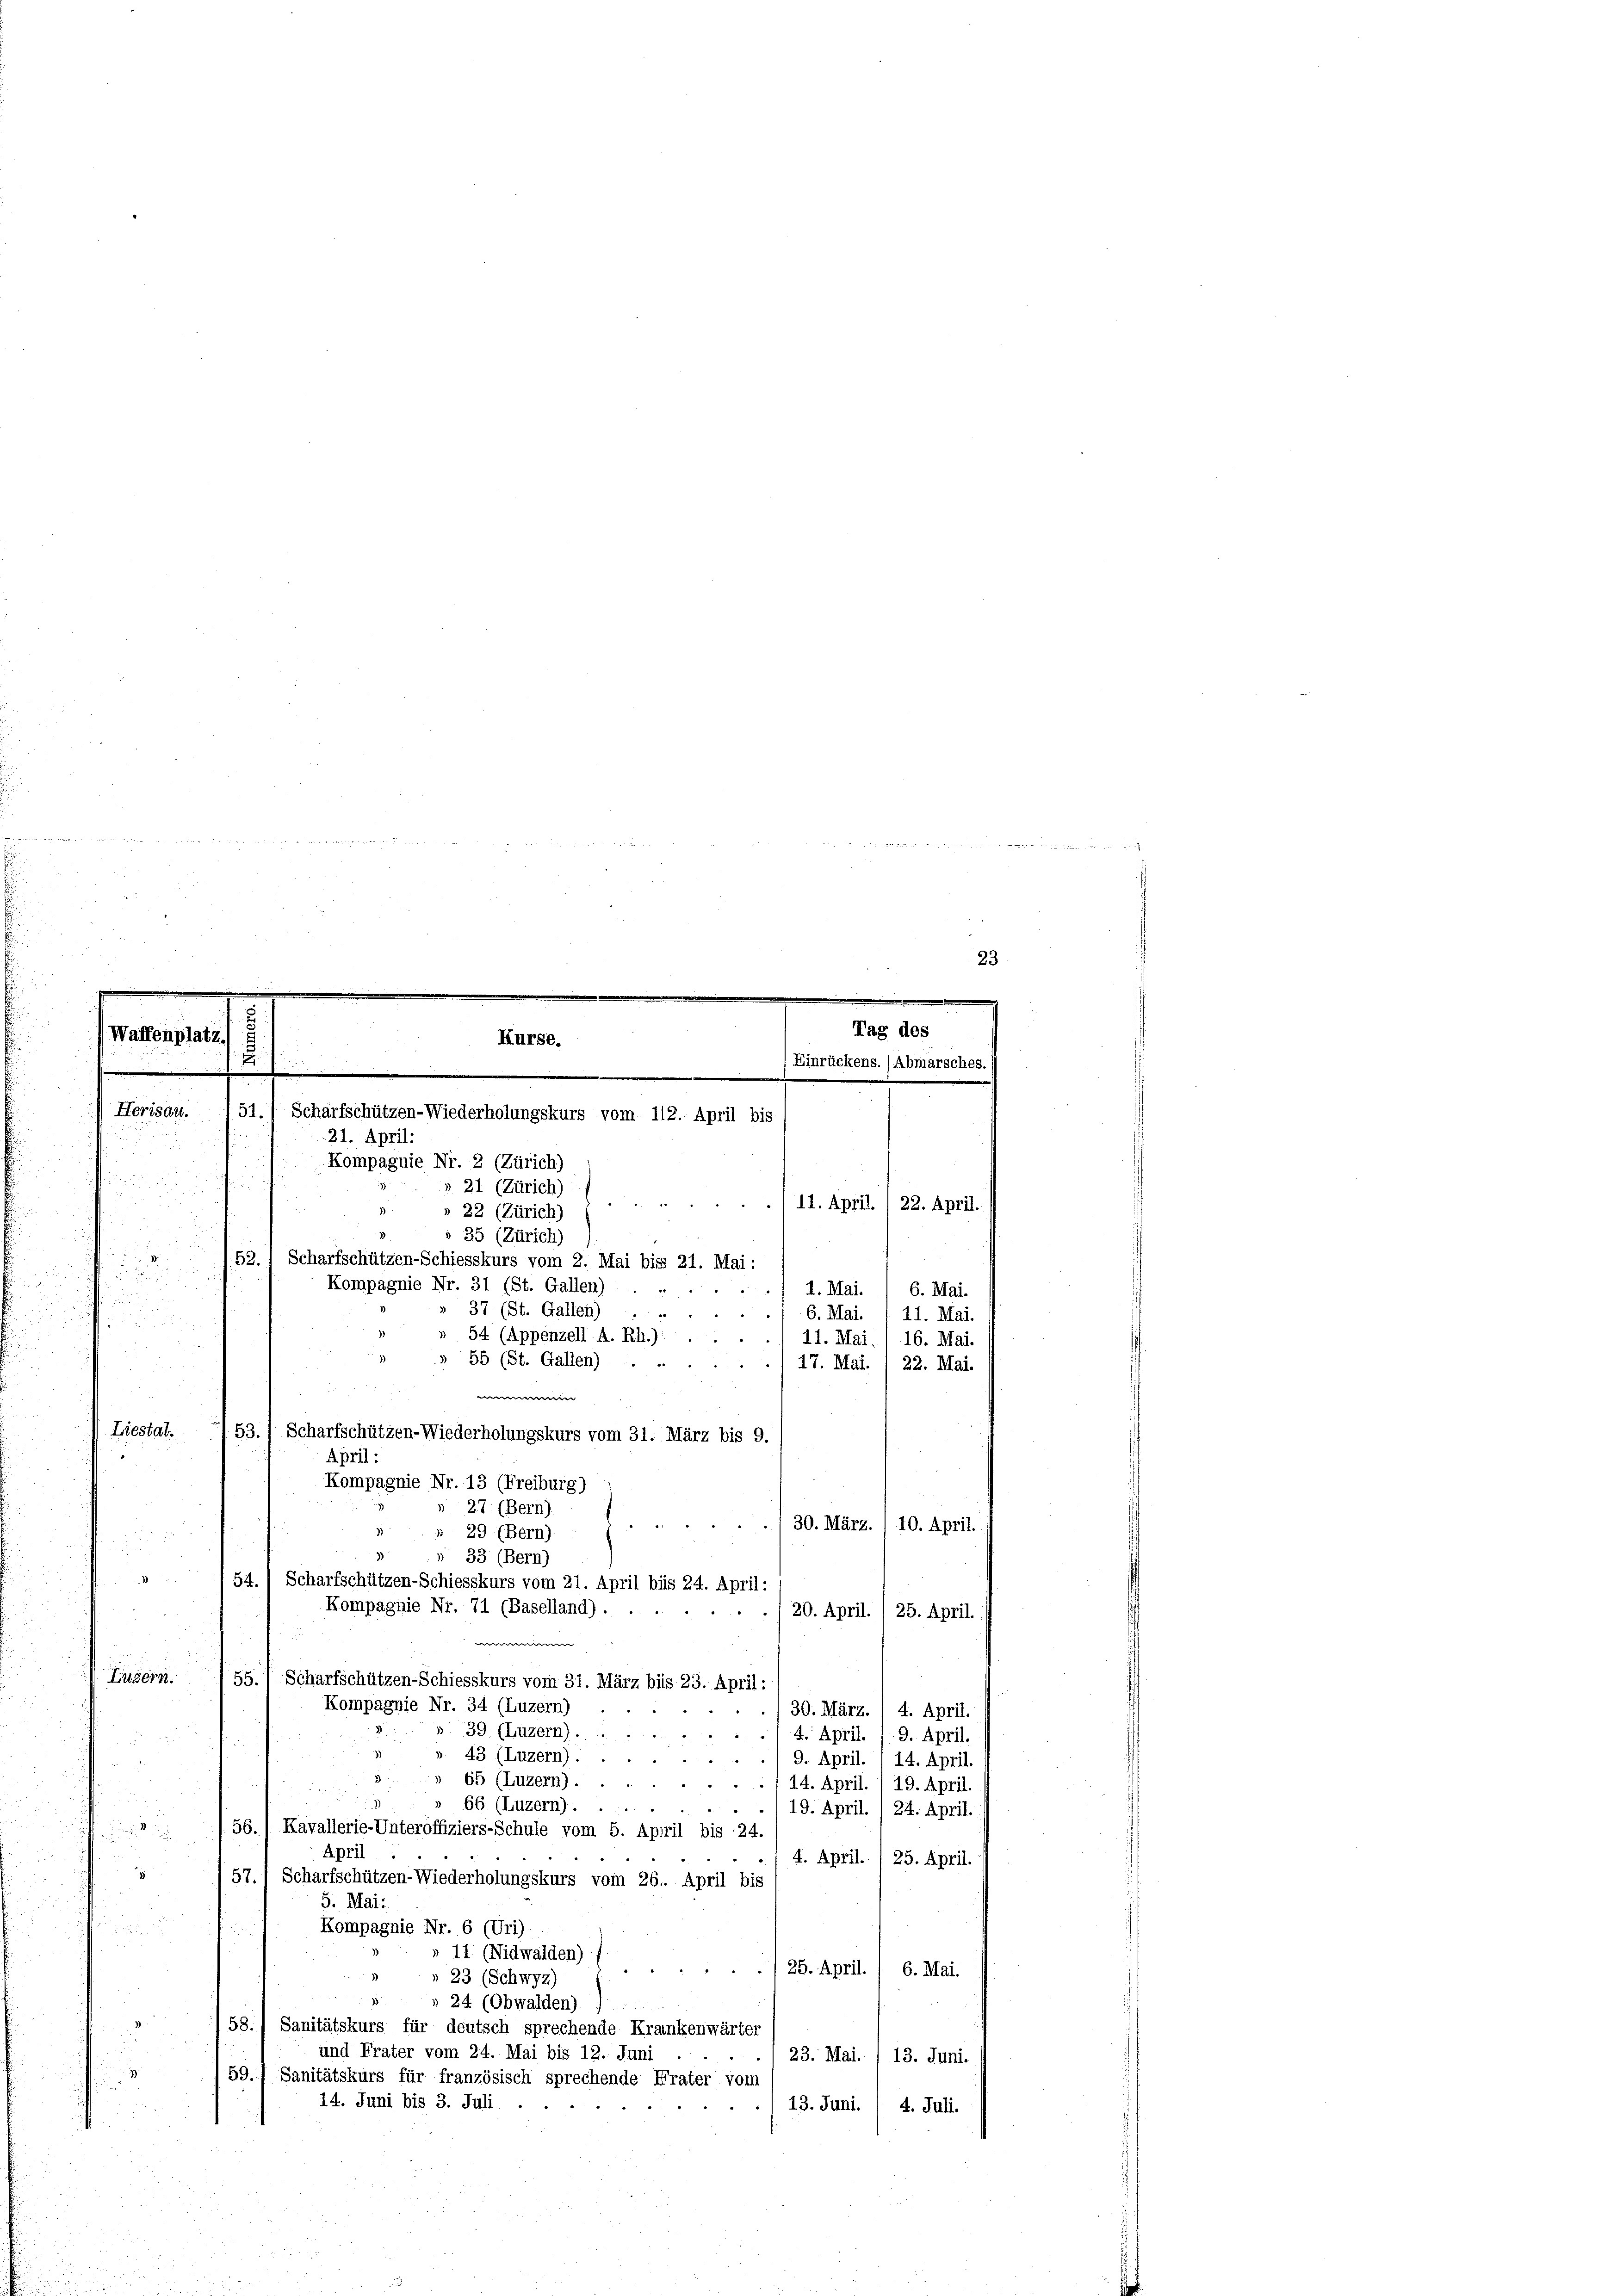
d e g ain ein an es immer wiedergermann
eger
u
¬
g
i
23
.

.
2
n
Tag des
(Waffenplatz
Kurse.
.
Einrückens. / Abmarsches.
.
Herisau.
51.) Scharfschützen-Wiederholungskurs vom 112. April bis
21. April.
Kompagnie Nr. 2 (Zürich)
§ 21 (Zürich)
S
11. April. / 22. April.
» 22 (Zürich)
§ 35 (Zürich)

152. 1 Scharfschützen-Schiesskurs vom 2. Mai bis 21. Mai:

Kompagnie Nr. 31 (St. Gallen)
1. Mai. / 6. Mai.

» 37 (St. Gallen,
6. Mai.
11. Mai.
54 (Appenzell A. Rh.):
11. Mai.
16. Mai.
55 (St. Gallen)
.
17. Mai. 1 22. Mai.

Liestat.
u
2
./20. April. (25. April.
Luzern
55., Scharfschützen-Schiesskurs vom 31. März bis 23. April:
Kompagnie Nr. 34 (Luzern)
30. März. / 4. April.
39 (Luzern).
4. April. /. 9. April.
43 (Luzern).
9. April. , 14. April.
65 (Luzern).
14. April. / 19. April.
d
66 (Luzern).
19. April. / 24. April.
 /56., Kavallerie-Unteroffiziers-Schule vom 5. April bis 24
April
4. April. 25. April.
1
57.) Scharfschützen-Wiederholungskurs vom 26. April bis
5. Mai:
Kompagnie Nr. 6 (Uri)

11. (Nidwalden)
25. April. / 6. Mai.
» 23 (Schwyz)
24 (Obwalden)
58.) Sanitätskurs für deutsch sprechende Krankenwärter
und Frater vom 24. Mai bis 12. Juni
23. Mai. / 13. Juni.
.
59.1 Sanitätskurs für französisch sprechende Frater vom
14. Juni bis 3. Juli
13. Juni. / 4. Juli.

53.) Scharfschützen-Wiederholungskurs vom 31. März bis 9.
April:
Kompagnie Nr. 13 (Freiburg)
 27 (Bern
 29 (Bern)
 33 (Bern)
54. 1 Scharfschützen-Schiesskurs vom 21. April bis 24. April:
Kompagnie Nr. 71 (Baselland).
e

./30. März. /10. April.